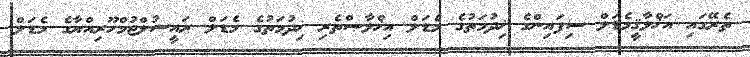
ތެރޭގައި އަޚްލާޤީމެޑަލް ސިފައިންގެ ޚިދުމަތުގެ މެޑަލް އިޚްލާޞްތެރި ޚިދުމަތުގެ މެޑަލް ރައީސުލްޖުމްހޫރިއްޔާގެ މެޑަލް